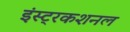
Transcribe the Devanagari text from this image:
इंस्ट्रकशनल